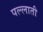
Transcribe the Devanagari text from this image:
पल्लाती